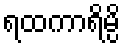
ရထကာရိမ္ပိ